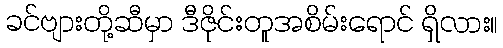
ခင်ဗျားတို့ဆီမှာ ဒီဇိုင်းတူအစိမ်းရောင် ရှိလား။